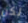
لكن